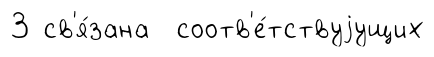
3 св'я́зана соотв'е́тствуjущих